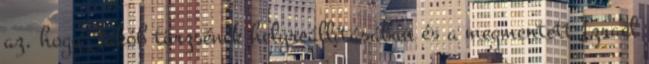
az, hogy Jákób törzsének helyreállításában és a megmentett Izrael